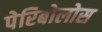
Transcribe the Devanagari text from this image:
पेरिबोलोस